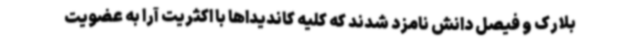
بلارک و فیصل دانش نامزد شدند که کلیه کاندیداها با اکثریت آرا به عضویت